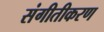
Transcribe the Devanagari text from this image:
संगीतीकरण